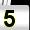
Digit: 5